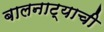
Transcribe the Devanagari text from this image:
बालनाट्याची